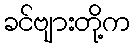
ခင်ဗျားတို့က